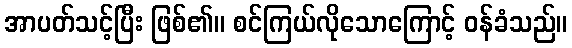
အာပတ်သင့်ပြီး ဖြစ်၏။ စင်ကြယ်လိုသောကြောင့် ဝန်ခံသည်။